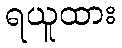
ရယူထား